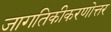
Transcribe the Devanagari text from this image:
जागतिकीकरणोत्तर